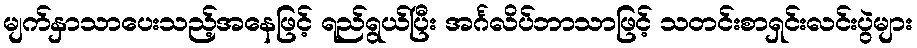
မျက်နှာသာပေးသည့်အနေဖြင့် ရည်ရွယ်ပြီး အင်္ဂလိပ်ဘာသာဖြင့် သတင်းစာရှင်းလင်းပွဲများ